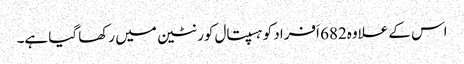
اس کے علاوہ682 اَفراد کو ہسپتال کورنٹین میں رکھا گیا ہے۔